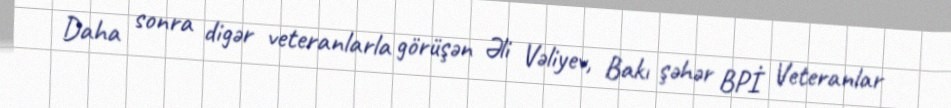
Daha sonra digər veteranlarla görüşən Əli Vəliyev, Bakı şəhər BPİ Veteranlar